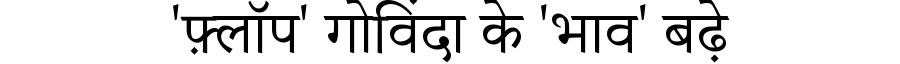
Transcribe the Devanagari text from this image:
'फ़्लॉप' गोविंदा के 'भाव' बढ़े